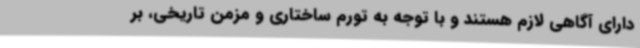
دارای آگاهی لازم هستند و با توجه به تورم ساختاری و مزمن تاریخی، بر